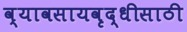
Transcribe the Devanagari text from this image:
व्यावसायवृद्धीसाठी